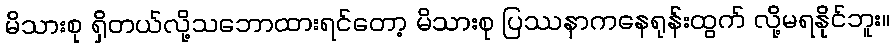
မိသားစု ရှိတယ်လို့သဘောထားရင်တော့ မိသားစု ပြဿနာကနေရုန်းထွက် လို့မရနိုင်ဘူး။